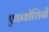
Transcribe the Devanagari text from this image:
एककोशिनों